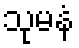
သုမနံ